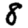
Digit: 8